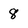
Character: 8